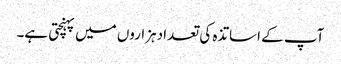
آپ کے اساتذہ کی تعدا دہزاروں میں پہنچتی ہے۔